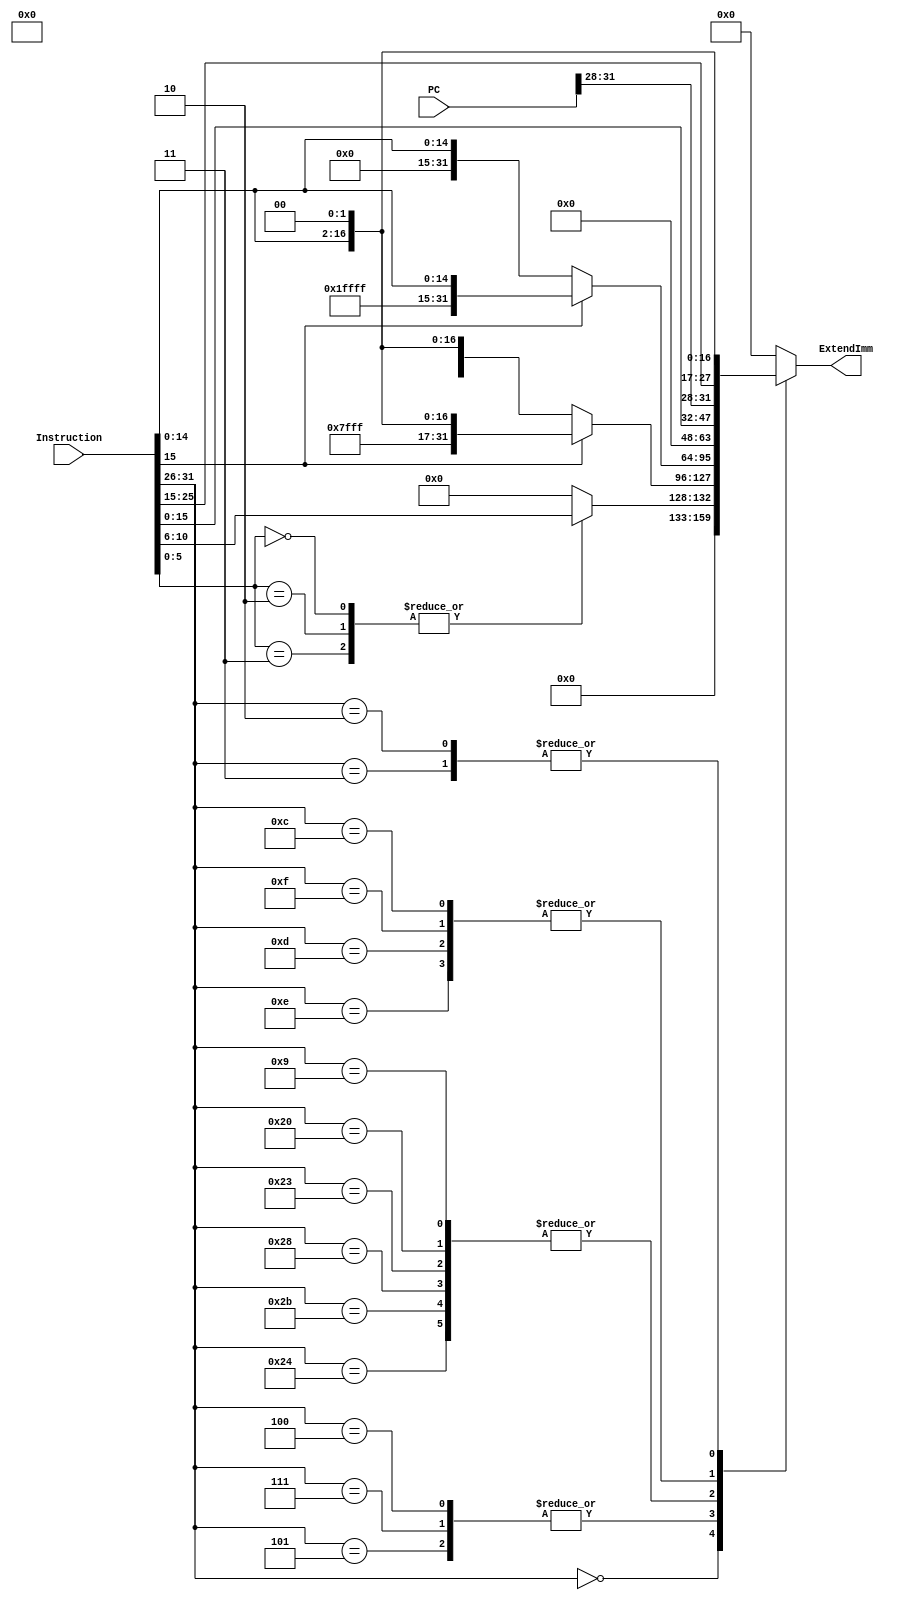
module Extender(
	input wire[31:0]PC,
	input wire[31:0]Instruction,
	output reg[31:0]ExtendImm//16bit: signExtend;others:sign extend
    );

function [31:0] ZeroExtend_5to32; 
   input wire[4:0]InImm;
   begin
		ZeroExtend_5to32={27'b000000000000000000000000000,InImm};
	end
endfunction

function [31:0] Extend_26to32; 
   input wire[25:0]InImm;
   input wire[31:0]PC;
   begin
		Extend_26to32={PC[31:28],InImm,2'b00};
	end
endfunction

function [31:0] ZeroExtend_16to32; 
   input wire[15:0]InImm;
	begin
		ZeroExtend_16to32={16'b0000000000000000,InImm};
	end
endfunction

function [31:0] SignExtend_16to32; 
   input wire[15:0]InImm;
	begin
		if (InImm[15]==0) begin
			SignExtend_16to32={16'b0000000000000000,InImm};
		end
		else begin
			SignExtend_16to32={16'b1111111111111111,InImm};
		end
	end
endfunction

function [31:0] ShiftLeft2_SignExtend_16to32; 
   input wire[15:0]InImm;
	begin
		if (InImm[15]==0) begin
			ShiftLeft2_SignExtend_16to32={14'b00000000000000,InImm,2'b00};
		end
		else begin
			ShiftLeft2_SignExtend_16to32={14'b11111111111111,InImm,2'b00};
		end
	end
endfunction

always @(*) begin
	case (Instruction[31:26])
		6'b000000:begin
			case (Instruction[5:0])
				6'b000000,6'b000010,6'b000011:ExtendImm<=ZeroExtend_5to32(Instruction[10:6]);//SLL,SRL,SRA
				default:ExtendImm<=0;
			endcase
		end
		6'b000100,6'b000111,6'b000101:
		//BEQ,BGTZ,BNE
		begin
			ExtendImm<=ShiftLeft2_SignExtend_16to32(Instruction[15:0]);
		end
		6'b001001,6'b100000,6'b100011,6'b101000,6'b101011,6'b100100:
		//ADDIU,LB,LW,SB,SW,LBU
		begin
			ExtendImm<=SignExtend_16to32(Instruction[15:0]);
		end
		6'b001100,6'b001111,6'b001101,6'b001110:
		//ANDI,LUI,ORI,XORI
		begin
			ExtendImm<=ZeroExtend_16to32(Instruction[15:0]);
		end
		6'b000010,6'b000011 ://J,JAL
		begin
			ExtendImm<=Extend_26to32(Instruction[25:0],PC[31:0]);
		end
		default:ExtendImm<=0;
	endcase;
end
endmodule